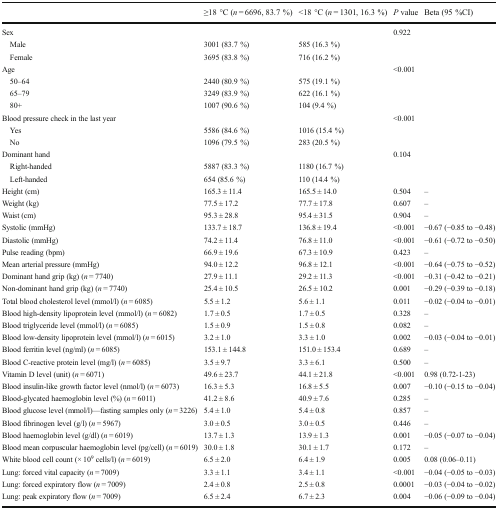
<table><thead><tr><td></td><td><b>≥18 °C (<i>n</i> = 6696, 83.7 %)</b></td><td><b>&lt;18 °C (<i>n</i> = 1301, 16.3 %)</b></td><td><b><i>P</i> value</b></td><td><b>Beta (95 %CI)</b></td></tr></thead><tbody><tr><td>Sex</td><td></td><td></td><td>0.922</td><td></td></tr><tr><td> Male</td><td>3001 (83.7 %)</td><td>585 (16.3 %)</td><td></td><td></td></tr><tr><td> Female</td><td>3695 (83.8 %)</td><td>716 (16.2 %)</td><td></td><td></td></tr><tr><td>Age</td><td></td><td></td><td>&lt;0.001</td><td></td></tr><tr><td> 50–64</td><td>2440 (80.9 %)</td><td>575 (19.1 %)</td><td></td><td></td></tr><tr><td> 65–79</td><td>3249 (83.9 %)</td><td>622 (16.1 %)</td><td></td><td></td></tr><tr><td> 80+</td><td>1007 (90.6 %)</td><td>104 (9.4 %)</td><td></td><td></td></tr><tr><td>Blood pressure check in the last year</td><td></td><td></td><td>&lt;0.001</td><td></td></tr><tr><td> Yes</td><td>5586 (84.6 %)</td><td>1016 (15.4 %)</td><td></td><td></td></tr><tr><td> No</td><td>1096 (79.5 %)</td><td>283 (20.5 %)</td><td></td><td></td></tr><tr><td>Dominant hand</td><td></td><td></td><td>0.104</td><td></td></tr><tr><td> Right-handed</td><td>5887 (83.3 %)</td><td>1180 (16.7 %)</td><td></td><td></td></tr><tr><td> Left-handed</td><td>654 (85.6 %)</td><td>110 (14.4 %)</td><td></td><td></td></tr><tr><td>Height (cm)</td><td>165.3 ± 11.4</td><td>165.5 ± 14.0</td><td>0.504</td><td>–</td></tr><tr><td>Weight (kg)</td><td>77.5 ± 17.2</td><td>77.7 ± 17.8</td><td>0.607</td><td>–</td></tr><tr><td>Waist (cm)</td><td>95.3 ± 28.8</td><td>95.4 ± 31.5</td><td>0.904</td><td>–</td></tr><tr><td>Systolic (mmHg)</td><td>133.7 ± 18.7</td><td>136.8 ± 19.4</td><td>&lt;0.001</td><td>−0.67 (−0.85 to −0.48)</td></tr><tr><td>Diastolic (mmHg)</td><td>74.2 ± 11.4</td><td>76.8 ± 11.0</td><td>&lt;0.001</td><td>−0.61 (−0.72 to −0.50)</td></tr><tr><td>Pulse reading (bpm)</td><td>66.9 ± 19.6</td><td>67.3 ± 10.9</td><td>0.423</td><td>–</td></tr><tr><td>Mean arterial pressure (mmHg)</td><td>94.0 ± 12.2</td><td>96.8 ± 12.1</td><td>&lt;0.001</td><td>−0.64 (−0.75 to −0.52)</td></tr><tr><td>Dominant hand grip (kg) (<i>n</i> = 7740)</td><td>27.9 ± 11.1</td><td>29.2 ± 11.3</td><td>&lt;0.001</td><td>−0.31 (−0.42 to −0.21)</td></tr><tr><td>Non-dominant hand grip (kg) (<i>n</i> = 7740)</td><td>25.4 ± 10.5</td><td>26.5 ± 10.2</td><td>0.001</td><td>−0.29 (−0.39 to −0.18)</td></tr><tr><td>Total blood cholesterol level (mmol/l) (<i>n</i> = 6085)</td><td>5.5 ± 1.2</td><td>5.6 ± 1.1</td><td>0.011</td><td>−0.02 (−0.04 to −0.01)</td></tr><tr><td>Blood high-density lipoprotein level (mmol/l) (<i>n</i> = 6082)</td><td>1.7 ± 0.5</td><td>1.7 ± 0.5</td><td>0.328</td><td>–</td></tr><tr><td>Blood triglyceride level (mmol/l) (<i>n</i> = 6085)</td><td>1.5 ± 0.9</td><td>1.5 ± 0.8</td><td>0.082</td><td>–</td></tr><tr><td>Blood low-density lipoprotein level (mmol/l) (<i>n</i> = 6015)</td><td>3.2 ± 1.0</td><td>3.3 ± 1.0</td><td>0.002</td><td>−0.03 (−0.04 to −0.01)</td></tr><tr><td>Blood ferritin level (ng/ml) (<i>n</i> = 6085)</td><td>153.1 ± 144.8</td><td>151.0 ± 153.4</td><td>0.689</td><td>–</td></tr><tr><td>Blood C-reactive protein level (mg/l) (<i>n</i> = 6085)</td><td>3.5 ± 9.7</td><td>3.3 ± 6.1</td><td>0.500</td><td>–</td></tr><tr><td>Vitamin D level (unit) (<i>n</i> = 6071)</td><td>49.6 ± 23.7</td><td>44.1 ± 21.8</td><td>&lt;0.001</td><td>0.98 (0.72-1-23)</td></tr><tr><td>Blood insulin-like growth factor level (nmol/l) (<i>n</i> = 6073)</td><td>16.3 ± 5.3</td><td>16.8 ± 5.5</td><td>0.007</td><td>−0.10 (−0.15 to −0.04)</td></tr><tr><td>Blood-glycated haemoglobin level (%) (<i>n</i> = 6011)</td><td>41.2 ± 8.6</td><td>40.9 ± 7.6</td><td>0.285</td><td>–</td></tr><tr><td>Blood glucose level (mmol/l)—fasting samples only (<i>n</i> = 3226)</td><td>5.4 ± 1.0</td><td>5.4 ± 0.8</td><td>0.857</td><td>–</td></tr><tr><td>Blood fibrinogen level (g/l) (<i>n</i> = 5967)</td><td>3.0 ± 0.5</td><td>3.0 ± 0.5</td><td>0.446</td><td>–</td></tr><tr><td>Blood haemoglobin level (g/dl) (<i>n</i> = 6019)</td><td>13.7 ± 1.3</td><td>13.9 ± 1.3</td><td>0.001</td><td>−0.05 (−0.07 to −0.04)</td></tr><tr><td>Blood mean corpuscular haemoglobin level (pg/cell) (<i>n</i> = 6019)</td><td>30.0 ± 1.8</td><td>30.1 ± 1.7</td><td>0.172</td><td>–</td></tr><tr><td>White blood cell count (× 10<sup>9</sup> cells/l) (<i>n</i> = 6019)</td><td>6.5 ± 2.0</td><td>6.4 ± 1.9</td><td>0.005</td><td>0.08 (0.06–0.11)</td></tr><tr><td>Lung: forced vital capacity (<i>n</i> = 7009)</td><td>3.3 ± 1.1</td><td>3.4 ± 1.1</td><td>&lt;0.001</td><td>−0.04 (−0.05 to −0.03)</td></tr><tr><td>Lung: forced expiratory flow (<i>n</i> = 7009)</td><td>2.4 ± 0.8</td><td>2.5 ± 0.8</td><td>0.0001</td><td>−0.03 (−0.04 to −0.02)</td></tr><tr><td>Lung: peak expiratory flow (<i>n</i> = 7009)</td><td>6.5 ± 2.4</td><td>6.7 ± 2.3</td><td>0.004</td><td>−0.06 (−0.09 to −0.04)</td></tr></tbody></table>